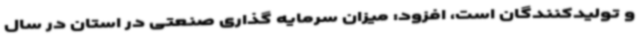
و تولیدکنندگان است، افزود: میزان سرمایه گذاری صنعتی در استان در سال